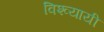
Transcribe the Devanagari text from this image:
विश्व्यायी